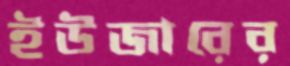
ইউজারের